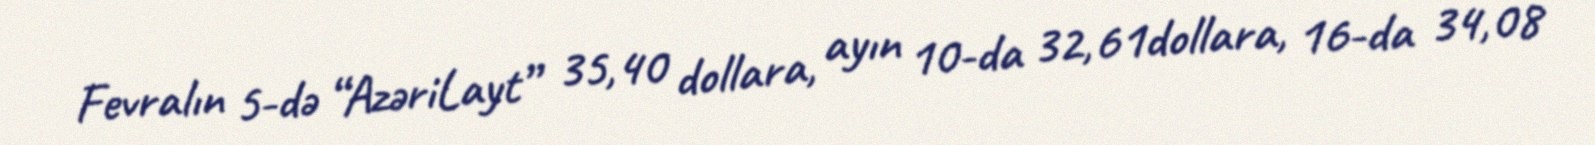
Fevralın 5-də “AzəriLayt” 35,40 dollara, ayın 10-da 32,61dollara, 16-da 34,08